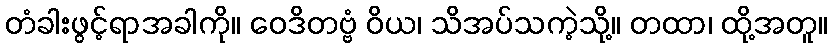
တံခါးဖွင့်ရာအခါကို။ ဝေဒိတဗ္ဗံ ဝိယ၊ သိအပ်သကဲ့သို့။ တထာ၊ ထို့အတူ။